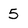
Character: 5